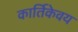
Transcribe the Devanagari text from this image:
कार्तिकेवय